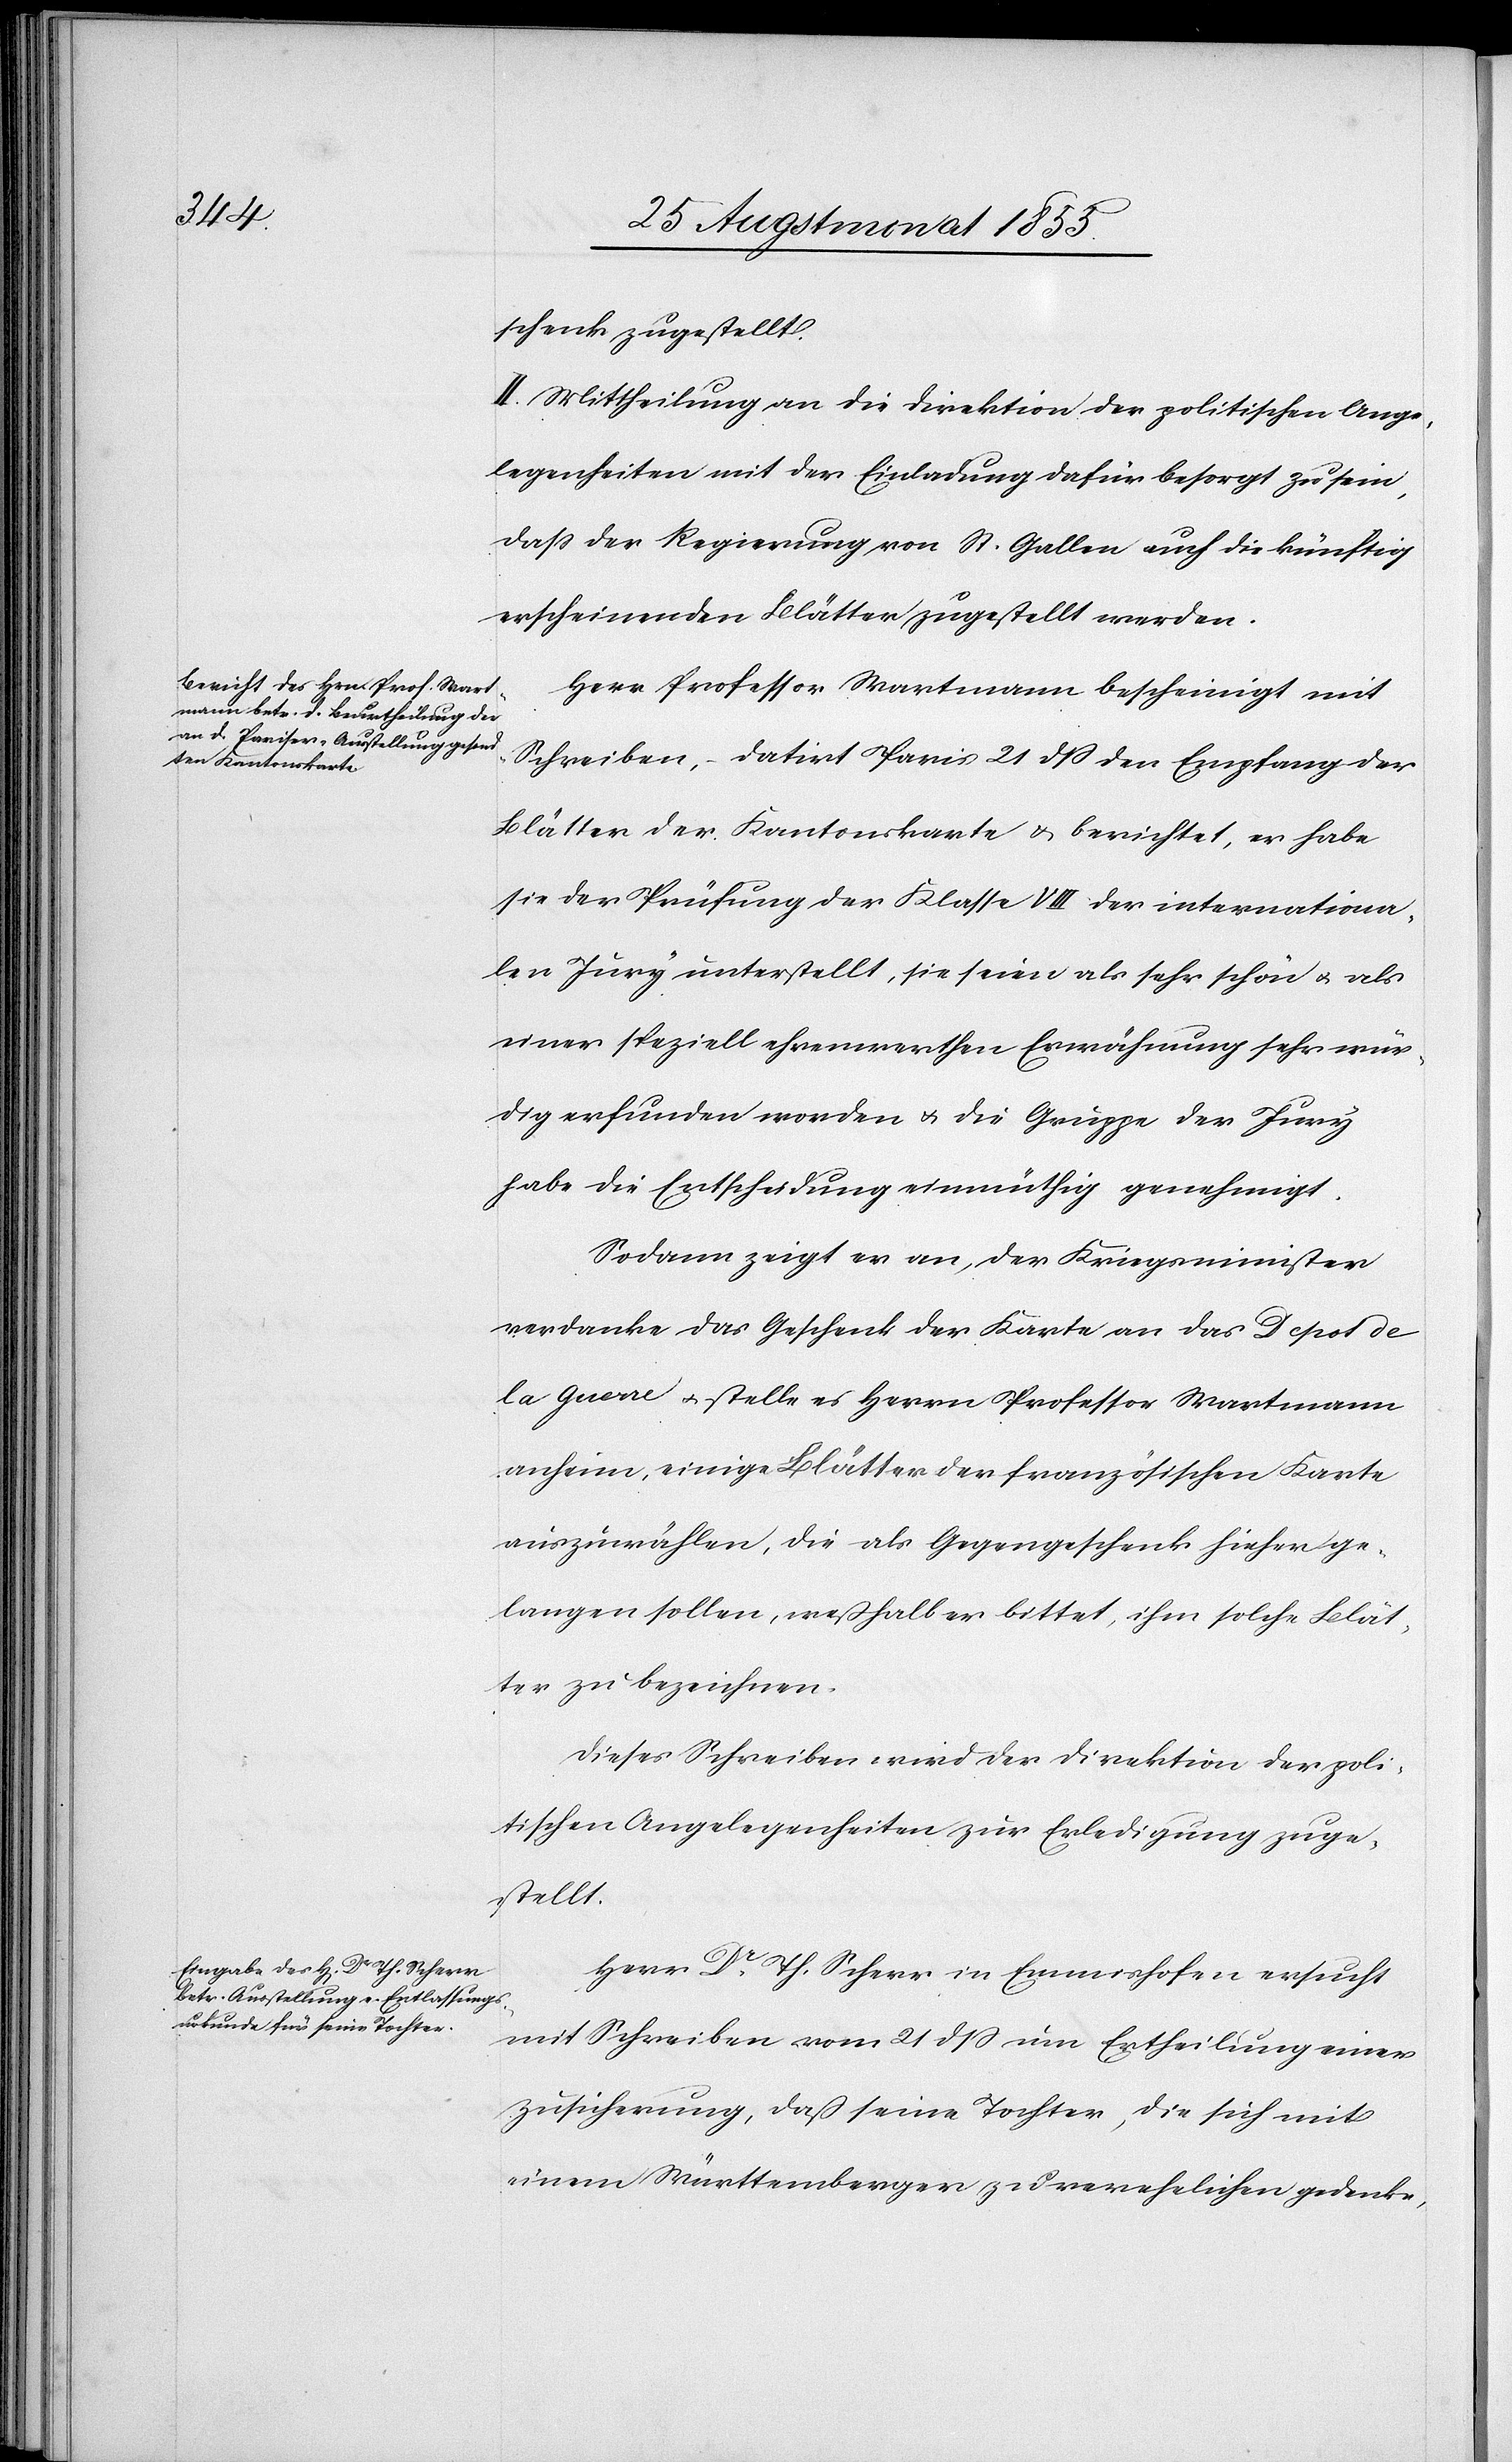
schenk zugestellt.
II. Mittheilung an die Direktion der politischen Ange¬
legenheiten mit der Einladung dafür besorgt zu sein,
dass der Regierung von St. Gallen auch die künftig
erscheinenden Blätter zugestellt werden.
Herr Professor Wartmann bescheinigt mit
Schreiben, – datirt Paris 21 dß den Empfang der
Blätter der Kantonskarte & berichtet, er habe
sie der Prüfung der Klasse VIII der internationa¬
len Jury unterstellt, sie seien als sehr schön & als
einer speziell ehrenwerthen Erwähnung sehr wür¬
dig erfunden worden & die Gruppe der Jury
habe die Entscheidung einmüthig genehmigt.
Sodann zeigt er an, der Kriegsminister
verdanke das Geschenk der Karte an das Depot de
la Guerre & stelle es Herrn Professor Wartmann
anheim, einige Blätter der französischen Karte
auszuwählen, die als Gegengeschenk hieher ge¬
langen sollen, weßhalb er bittet, ihm solche Blät¬
ter zu bezeichnen.
Dieses Schreiben wird der Direktion der poli¬
tischen Angelegenheiten zur Erledigung zuge¬
stellt.
Herr Dr. Th. Scherr in Emmishofen ersucht
mit Schreiben vom 21 dss um Ertheilung einer
Zusicherung, daß seine Tochter, die sich mit
einem Württemberger zu verehelichen gedenke,